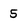
Character: 5